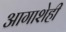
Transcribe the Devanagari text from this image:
आगाशेही